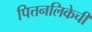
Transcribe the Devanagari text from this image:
पित्तनलिकेची